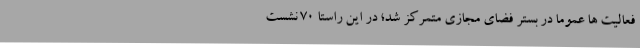
فعالیت ها عموما در بستر فضای مجازی متمرکز شد؛ در این راستا 70 نشست